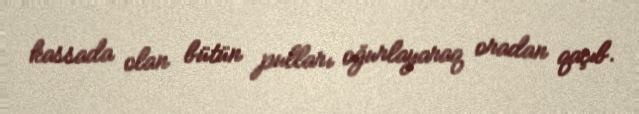
kassada olan bütün pulları oğurlayaraq oradan qaçıb.